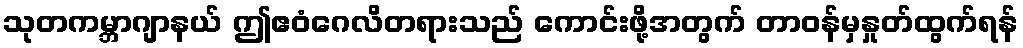
သုတကမ္ဘာဂျာနယ် ဤဧဝံဂေလိတရားသည် ကောင်းဖို့အတွက် တာဝန်မှနှုတ်ထွက်ရန်